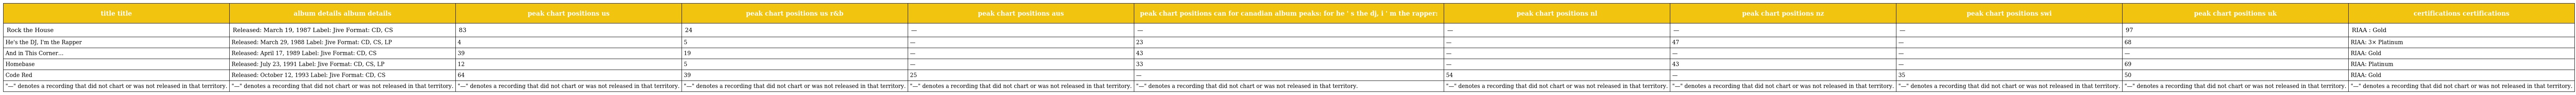
| title title | album details album details | peak chart positions us | peak chart positions us r&b | peak chart positions aus | peak chart positions can for canadian album peaks: for he ' s the dj, i ' m the rapper: | peak chart positions nl | peak chart positions nz | peak chart positions swi | peak chart positions uk | certifications certifications |
 | --- | --- | --- | --- | --- | --- | --- | --- | --- | --- | --- |
 | Rock the House | Released: March 19, 1987 Label: Jive Format: CD, CS | 83 | 24 | — | — | — | — | — | 97 | RIAA : Gold |
 | He's the DJ, I'm the Rapper | Released: March 29, 1988 Label: Jive Format: CD, CS, LP | 4 | 5 | — | 23 | — | 47 | — | 68 | RIAA: 3× Platinum |
 | And in This Corner… | Released: April 17, 1989 Label: Jive Format: CD, CS | 39 | 19 | — | 43 | — | — | — | — | RIAA: Gold |
 | Homebase | Released: July 23, 1991 Label: Jive Format: CD, CS, LP | 12 | 5 | — | 33 | — | 43 | — | 69 | RIAA: Platinum |
 | Code Red | Released: October 12, 1993 Label: Jive Format: CD, CS | 64 | 39 | 25 | — | 54 | — | 35 | 50 | RIAA: Gold |
 | "—" denotes a recording that did not chart or was not released in that territory. | "—" denotes a recording that did not chart or was not released in that territory. | "—" denotes a recording that did not chart or was not released in that territory. | "—" denotes a recording that did not chart or was not released in that territory. | "—" denotes a recording that did not chart or was not released in that territory. | "—" denotes a recording that did not chart or was not released in that territory. | "—" denotes a recording that did not chart or was not released in that territory. | "—" denotes a recording that did not chart or was not released in that territory. | "—" denotes a recording that did not chart or was not released in that territory. | "—" denotes a recording that did not chart or was not released in that territory. | "—" denotes a recording that did not chart or was not released in that territory. |